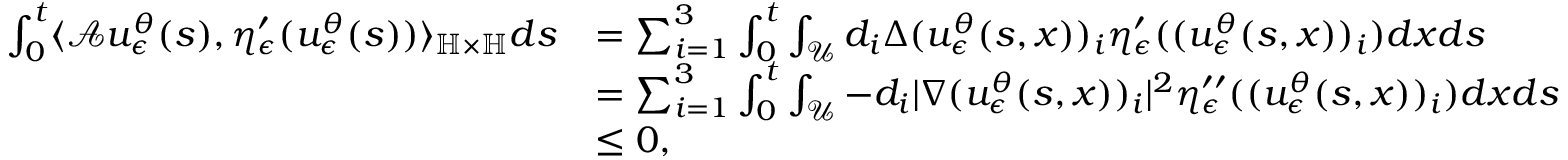
\begin{array} { r l } { \int _ { 0 } ^ { t } \langle \mathcal { A } u _ { \epsilon } ^ { \theta } ( s ) , \eta _ { \epsilon } ^ { \prime } ( u _ { \epsilon } ^ { \theta } ( s ) ) \rangle _ { \mathbb { H } \times \mathbb { H } } d s } & { = \sum _ { i = 1 } ^ { 3 } \int _ { 0 } ^ { t } \int _ { \mathcal { U } } d _ { i } \Delta ( u _ { \epsilon } ^ { \theta } ( s , x ) ) _ { i } \eta _ { \epsilon } ^ { \prime } ( ( u _ { \epsilon } ^ { \theta } ( s , x ) ) _ { i } ) d x d s } \\ & { = \sum _ { i = 1 } ^ { 3 } \int _ { 0 } ^ { t } \int _ { \mathcal { U } } - d _ { i } \vert \nabla ( u _ { \epsilon } ^ { \theta } ( s , x ) ) _ { i } \vert ^ { 2 } \eta _ { \epsilon } ^ { \prime \prime } ( ( u _ { \epsilon } ^ { \theta } ( s , x ) ) _ { i } ) d x d s } \\ & { \leq 0 , } \end{array}